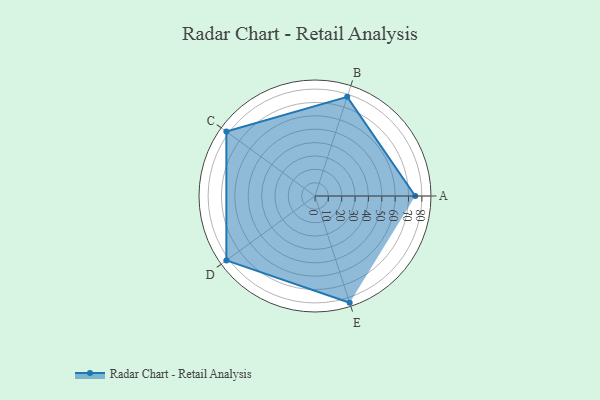
{"axis": {"x": "Skill", "y": "Score"}, "legend": ["Profile"], "data": [{"x": "A", "y": 75.0, "type": "Profile"}, {"x": "B", "y": 78.0, "type": "Profile"}, {"x": "C", "y": 82.0, "type": "Profile"}, {"x": "D", "y": 82.0, "type": "Profile"}, {"x": "E", "y": 84.0, "type": "Profile"}]}